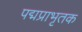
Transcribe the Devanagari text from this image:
पद्मप्राभृतक